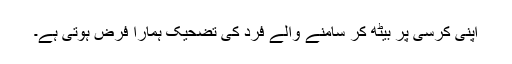
اپنی کرسی پر بیٹھ کر سامنے والے فرد کی تضحیک ہمارا فرض ہوتی ہے۔